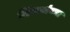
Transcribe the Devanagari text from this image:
विंचवांच्या